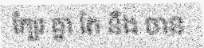
ក្បែរ គ្នា តែ នឹង ចាន